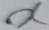
Text: X